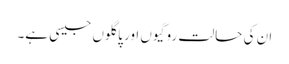
ان کی حالت روگیوں اور پاگلوں جیسی ہے۔